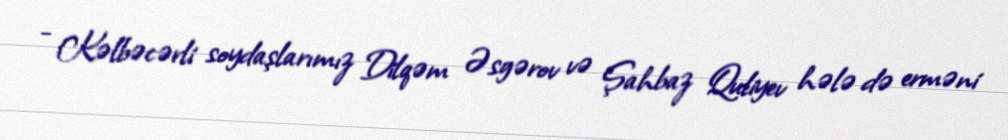
- Kəlbəcərli soydaşlarımız Dilqəm Əsgərov və Şahbaz Quliyev hələ də erməni